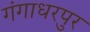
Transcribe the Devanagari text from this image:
गंगाधरपुर